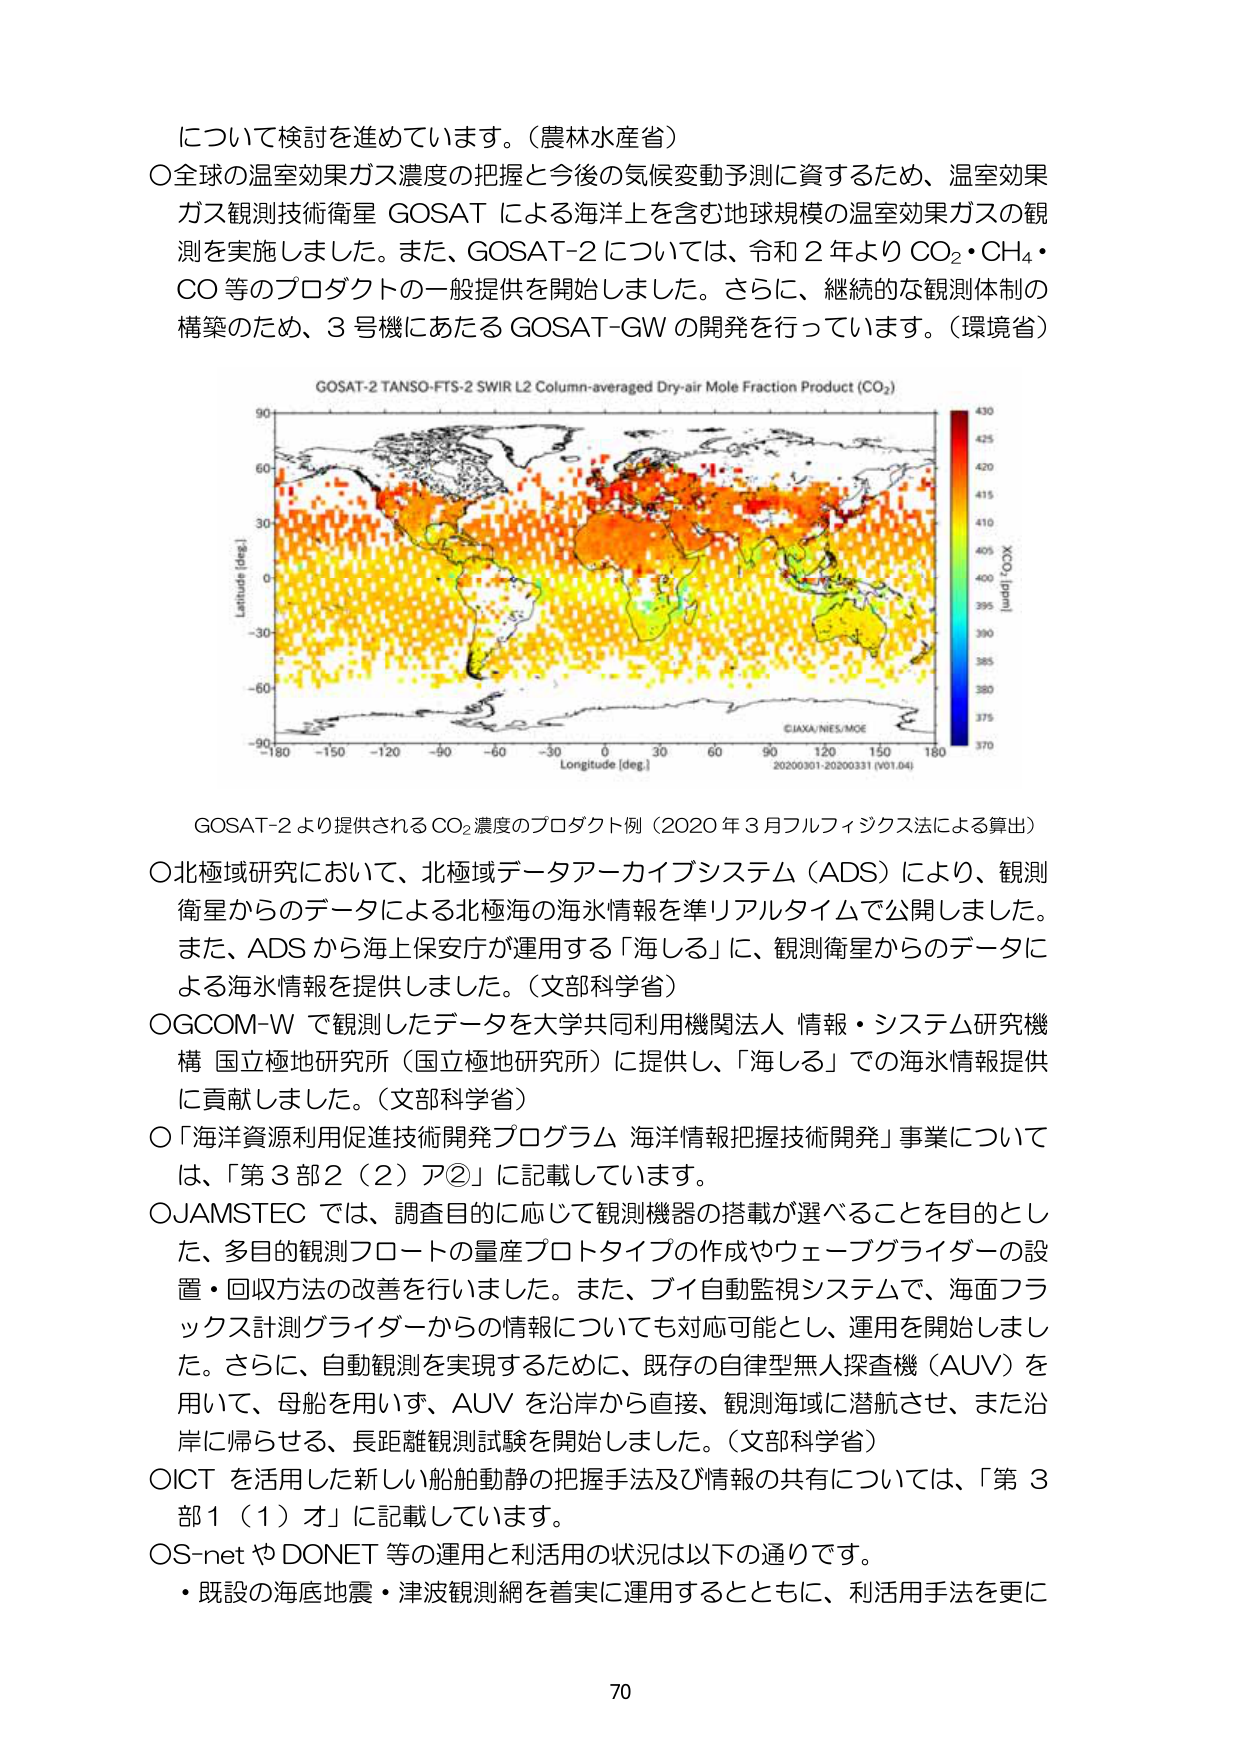
について検討を進めています。（農林水産省）
〇全球の温室効果ガス濃度の把握と今後の気候変動予測に資するため、温室効果ガス観測技術衛星 GOSAT による海洋上を含む地球規模の温室効果ガスの観測を実施しました。また、GOSAT-2 については、令和２年より CO₂・CH₄・CO 等のプロダクトの一般提供を開始しました。さらに、継続的な観測体制の構築のため、3号機にあたる GOSAT-GW の開発を行っています。（環境省）

GOSAT-2 TANSO-FTS-2 SWIR L2 Column-averaged Dry-air Mole Fraction Product (CO₂)
Latitude [deg.]
-90 -60 -30 0 30 60 90
Longitude [deg.]
-180 -150 -120 -90 -60 -30 0 30 60 90 120 150 180
XCO₂ [ppm]
370 375 380 385 390 395 400 405 410 415 420 425 430
©JAXA/NIES/MOE
20200301-20200331 (V01.04)

GOSAT-2 より提供される CO₂ 濃度のプロダクト例（2020 年 3 月フルフィックス法による算出）
〇北極域研究において、北極域データアーカイブシステム（ADS）により、観測衛星からのデータによる北極海の海氷情報を準リアルタイムで公開しました。また、ADS から海上保安庁が運用する「海しる」に、観測衛星からのデータによる海氷情報を提供しました。（文部科学省）
〇GCOM-W で観測したデータを大学共同利用機関法人 情報・システム研究機構 国立極地研究所（国立極地研究所）に提供し、「海しる」での海氷情報提供に貢献しました。（文部科学省）
〇「海洋資源利用促進技術開発プログラム 海洋情報把握技術開発」事業については、「第 3 部 2（2）ア②」に記載しています。
〇JAMSTEC では、調査目的に応じて観測機器の搭載が選べることを目的とした、多目的観測フロートの量産プロトタイプの作成やウェーブグライダーの設置・回収方法の改善を行いました。また、ブイ自動監視システムで、海面フラックス計測グライダーからの情報についても対応可能とし、運用を開始しました。さらに、自動観測を実現するために、既存の自律型無人探査機（AUV）を用いて、母船を用いす、AUV を沿岸から直接、観測海域に潜航させ、また沿岸に帰らせる、長距離観測試験を開始しました。（文部科学省）
〇ICT を活用した新しい船舶動静の把握手法及び情報の共有については、「第 3 部 1（1）オ」に記載しています。
〇S-net や DONET 等の運用と利活用の状況は以下の通りです。
・既設の海底地震・津波観測網を着実に運用するとともに、利活用手法を更に

70